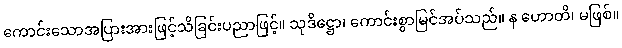
ကောင်းသောအပြားအားဖြင့်သိခြင်းပညာဖြင့်။ သုဒိဋ္ဌော၊ ကောင်းစွာမြင်အပ်သည်။ န ဟောတိ၊ မဖြစ်။